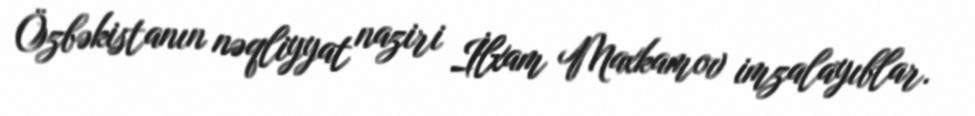
Özbəkistanın nəqliyyat naziri İlxam Maxkamov imzalayıblar.